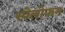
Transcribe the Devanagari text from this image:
स्पेलोफन